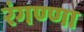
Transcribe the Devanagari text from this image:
रंगण्णा